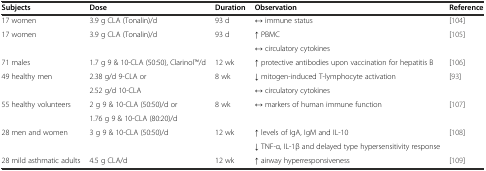
<table><thead><tr><td><b>Subjects</b></td><td><b>Dose</b></td><td><b>Duration</b></td><td><b>Observation</b></td><td><b>Reference</b></td></tr></thead><tbody><tr><td>17 women</td><td>3.9 g CLA (Tonalin)/d</td><td>93 d</td><td>↔ immune status</td><td>[104]</td></tr><tr><td rowspan="2">17 women</td><td rowspan="2">3.9 g CLA (Tonalin)/d</td><td rowspan="2">93 d</td><td>↑ PBMC</td><td rowspan="2">[105]</td></tr><tr><td>↔ circulatory cytokines</td></tr><tr><td>71 males</td><td>1.7 g 9 &amp; 10-CLA (50:50), ClarinolTM/d</td><td>12 wk</td><td>↑ protective antibodies upon vaccination for hepatitis B</td><td>[106]</td></tr><tr><td rowspan="2">49 healthy men</td><td>2.38 g/d 9-CLA or</td><td rowspan="2">8 wk</td><td>↓ mitogen-induced T-lymphocyte activation</td><td rowspan="2">[93]</td></tr><tr><td>2.52 g/d 10-CLA</td><td>↔ circulatory cytokines</td></tr><tr><td rowspan="2">55 healthy volunteers</td><td>2 g 9 &amp; 10-CLA (50:50)/d or</td><td rowspan="2">8 wk</td><td rowspan="2">↔ markers of human immune function</td><td rowspan="2">[107]</td></tr><tr><td>1.76 g 9 &amp; 10-CLA (80:20)/d</td></tr><tr><td rowspan="2">28 men and women</td><td rowspan="2">3 g 9 &amp; 10-CLA (50:50)/d</td><td rowspan="2">12 wk</td><td>↑ levels of IgA, IgM and IL-10</td><td rowspan="2">[108]</td></tr><tr><td>↓ TNF-α, IL-1β and delayed type hypersensitivity response</td></tr><tr><td>28 mild asthmatic adults</td><td>4.5 g CLA/d</td><td>12 wk</td><td>↑ airway hyperresponsiveness</td><td>[109]</td></tr></tbody></table>